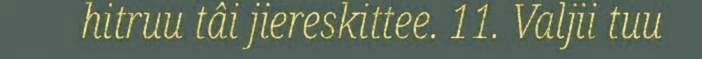
hitruu tâi jiereskittee. 11. Valjii tuu